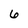
Character: 6